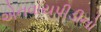
એનવાયપીડીનો